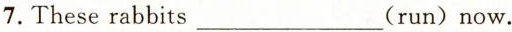
7.These rabbits___(run) now.